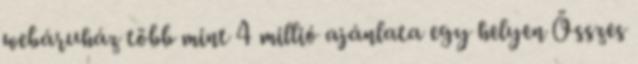
webáruház több mint 4 millió ajánlata egy helyen Összes